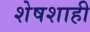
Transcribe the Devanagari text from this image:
शेषशाही